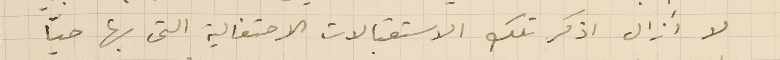
لا أزال اذكر تلك الاستقبالات الاحتفالية التى بها حيّا